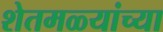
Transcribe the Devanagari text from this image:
शेतमळ्यांच्या